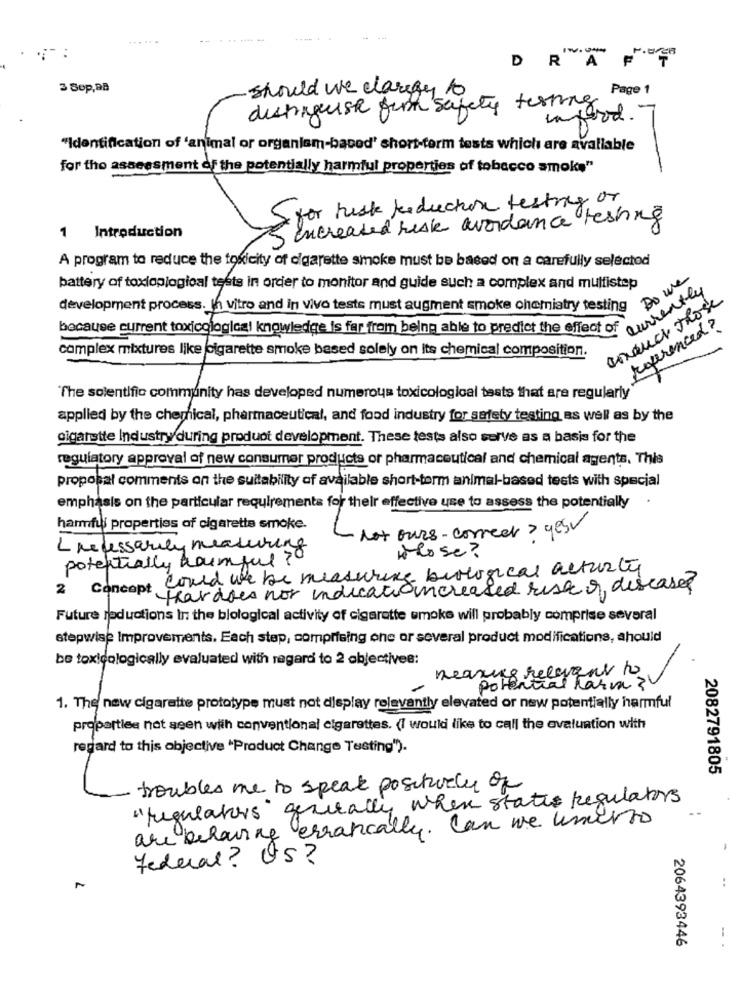
.... 4
------
DRA
3 Sop,BB
should we clarify to
Page 1
distriguise for safety testing
infood.
"Identification of 'animal or organlam-bacod' short-term tests which are avaliable
for the assessment of the potentially harmful properties of tobacco smoke"
S for risk reduction testing of
Increased risk avoidance testing
1 Introduction
A program to reduce the toxicity of cigarette smoke must be based on a carefully selected
Do we
battery of toxioplogical tests in order to monitor and guide such a complex and multistep
currently
conduct those
development process. In vitro and in vivo tests must augment smoke chemistry testing
because current toxicological knowledge is far from being able to predict the effect of
complex mixtures like cigarette smoke based solely on its chemical composition.
'The solentific community has developed numerous toxicological tests that are regularly
applied by the chemical, pharmaceutical, and food industry for safety testing as well as by the
cigarette Industry during product development. These tests also serve as a basis for the
regulatory approval of new consumer products or pharmaceutical and chemical agents. This
proposal comments on the suitability of available short-term animal-based tests with special
emphasis on the particular requirements for their effective use to assess the potentially
harmful properties of cigarette smoke.
lot ours- correer > yesv
L necessarily measuring
potentially harmful ?
lose ?
2 Concept Could we be measuring biological activity
thatdoes not indicationcreased risk & disease?
Future reductions In the blological activity of cigarette smoke will probably comprise several
stepwise Improvements. Each step, comprising one or several product modifications, ahould
be toxicologically evaluated with regard to 2 objectives:
meaning relevant to
potential harm ?
1. The new cigarette prototype must not display relevantly elevated or new potentially harmful
properties not seen with conventional cigarettes. (I would like to call the evaluation with
regard to this objective 'Product Change Testing").
2082791805
troubles me to speak positively of
"regulators generally when states Regulators
are behaving erratically. Can we umerto
Federal? US?
..
2064393446